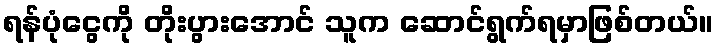
ရန်ပုံငွေကို တိုးပွားအောင် သူက ဆောင်ရွက်ရမှာဖြစ်တယ်။